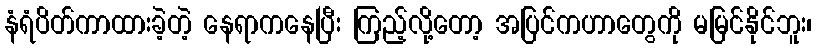
နံရံပိတ်ကာထားခဲ့တဲ့ နေရာကနေပြီး ကြည့်လို့တော့ အပြင်ကဟာတွေကို မမြင်နိုင်ဘူး၊